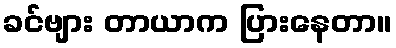
ခင်ဗျား တာယာက ပြားနေတာ။